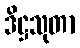
ဒိဋ္ဌသုတာ